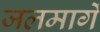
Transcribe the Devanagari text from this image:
जलमार्गे